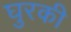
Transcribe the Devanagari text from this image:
घुरकी